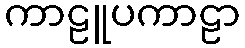
ကာဠူပကာဠာ